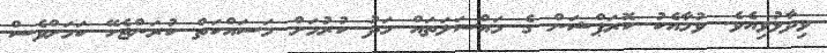
ވިދާޅުވިއެވެ. ވުމާއެކު ކޮރަޕްޝަން ގެ މައްސަލަތައް މަދު ކުރުމަށް މަސައްކަތް ކުރަންޖެހޭ ކަމަށްވެސް